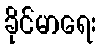
ခိုင်မာရေး